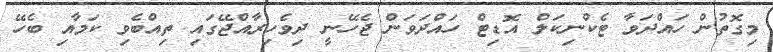
މިގޮތުން ހައްދަވާ ޓެކްނިކަލް އޮޑިޓް ހައްދަވަން ޖެހޭނީ ދިވެހިރާއްޖޭގައި ތިއްބެވި ކަމާއި ބެހޭ